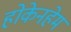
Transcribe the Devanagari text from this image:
होकेनहेम